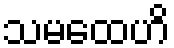
သမထေဟိ